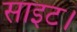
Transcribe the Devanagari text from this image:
साइट।